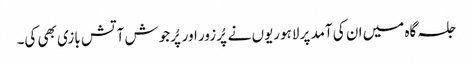
جلسہ گاہ میں ان کی آمد پر لاہوریوں نے پُرزور اور پُرجوش آتش بازی بھی کی۔